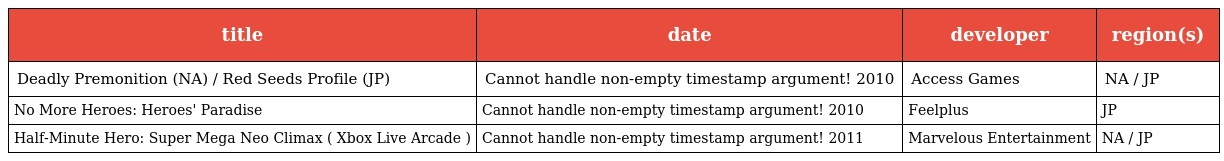
| title | date | developer | region(s) |
 | --- | --- | --- | --- |
 | Deadly Premonition (NA) / Red Seeds Profile (JP) | Cannot handle non-empty timestamp argument! 2010 | Access Games | NA / JP |
 | No More Heroes: Heroes' Paradise | Cannot handle non-empty timestamp argument! 2010 | Feelplus | JP |
 | Half-Minute Hero: Super Mega Neo Climax ( Xbox Live Arcade ) | Cannot handle non-empty timestamp argument! 2011 | Marvelous Entertainment | NA / JP |